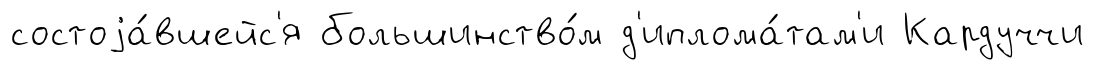
состоjа́вшейс'я большинство́м д'иплома́там'и Кардуччи